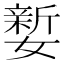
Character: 㜪